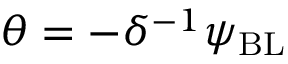
\theta = - \delta ^ { - 1 } \psi _ { \mathrm { { B L } } }